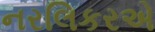
નરલિકરએ